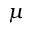
\mu